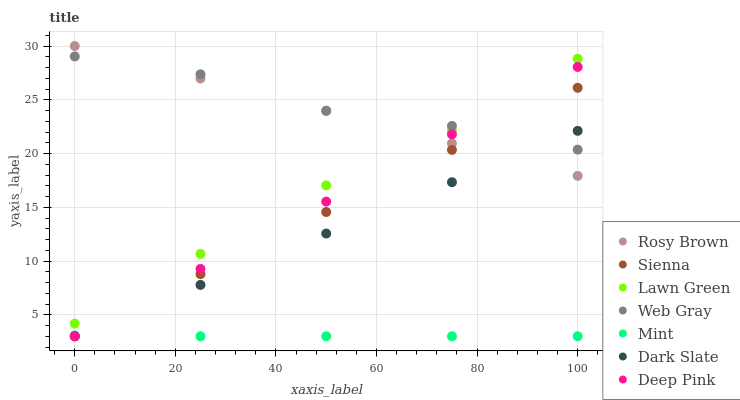
| xaxis_label | Rosy Brown | Sienna | Lawn Green | Web Gray | Mint | Dark Slate | Deep Pink |
 | --- | --- | --- | --- | --- | --- | --- | --- |
 | 0 | 30 | 3 | 4.18 | 29 | 3.07 | 3 | 3 |
 | 25 | 27 | 8.78 | 10.7 | 27.4 | 3 | 7.78 | 9.26 |
 | 50 | 24 | 14.6 | 17 | 24 | 3 | 12.6 | 15.5 |
 | 75 | 20.9 | 20.3 | 22.1 | 22.6 | 3 | 17.3 | 21.8 |
 | 100 | 17.9 | 26.1 | 28.8 | 20.4 | 3 | 22.1 | 28.1 |